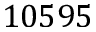
1 0 5 9 5